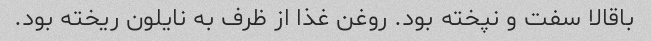
باقالا سفت و نپخته بود. روغن غذا از ظرف به نایلون ریخته بود.